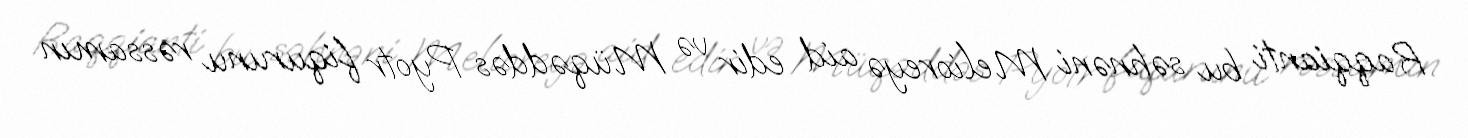
Raqqianti bu səhnəni Melioreyə aid edir və Müqəddəs Pyotr fiqurunu rəssamın